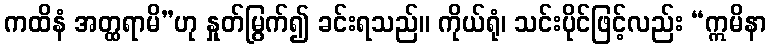
ကထိနံ အတ္ထရာမိ”ဟု နှုတ်မြွက်၍ ခင်းရသည်။ ကိုယ်ရုံ၊ သင်းပိုင်ဖြင့်လည်း “ဣမိနာ